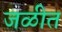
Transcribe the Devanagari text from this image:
जळीत